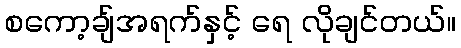
စကော့ချ်အရက်နှင့် ရေ လိုချင်တယ်။